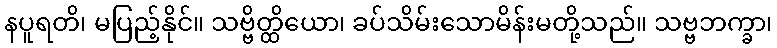
နပူရတိ၊ မပြည့်နိုင်။ သဗ္ဗိတ္ထိယော၊ ခပ်သိမ်းသောမိန်းမတို့သည်။ သဗ္ဗဘက္ခာ၊